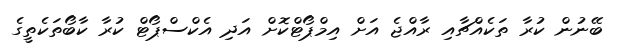
ބޭނުން ކުރާ ތަކެއްޗާއި ރާއްޖެ އަށް އިމްޕޯޓްކޮށް އަދި އެކްސްޕޯޓް ކުރާ ކާބޯތަކެތީގެ